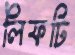
লিফটি